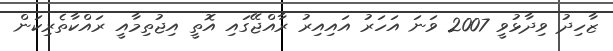
ޒާހިދު ވިދާޅުވީ 2007 ވަނަ އަހަރު އައިއިރު ރާއްޖޭގައި އޮތީ އިޖުތިމާއީ ރައްކާތެރިކަން